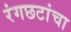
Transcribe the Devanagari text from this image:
रंगछटांचा